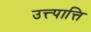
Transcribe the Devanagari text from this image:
उत्त्पात्ति